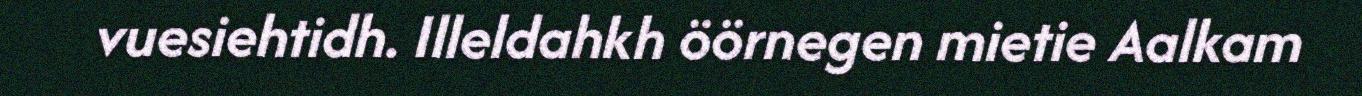
vuesiehtidh. Illeldahkh öörnegen mietie Aalkam